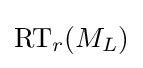
{\text{RT}}_{r}(M_{L})